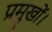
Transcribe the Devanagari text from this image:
प्रमुखों।